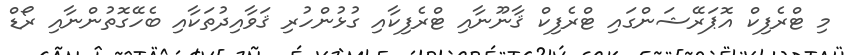
މި ޓްރެފިކް އޮޕަރޭޝަންގައި ޓްރެފިކް ޤާނޫނާއި ޓްރެފިކާއި ގުޅުންހުރި ޤަވާއިދުތަކާއި ބެހޭގޮތުންނާއި ރޯޑް